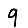
Digit: 9